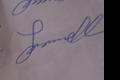
Signature authenticity: genuine